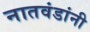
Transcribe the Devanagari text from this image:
नातवंडांनी